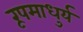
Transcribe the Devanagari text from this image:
रूपमाधुर्य